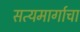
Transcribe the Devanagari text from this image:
सत्यमार्गाचा